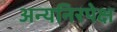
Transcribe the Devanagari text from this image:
अन्यनिरपेक्ष